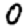
Digit: 0